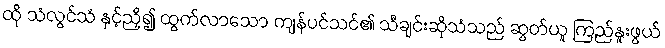
ထို သံလွင်သံ နှင့်ညှိ၍ ထွက်လာသော ကျန်ပင်သင်၏ သီချင်းဆိုသံသည် ဆွတ်ယူ ကြည်နူးဖွယ်